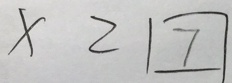
\times 2 \boxed { 7 }